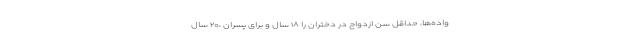
واده‌ها، حداقل سن ازدواج در دختران را ۱۸ سال و برای پسران ،۲۰ سال